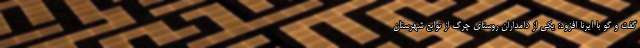
گفت‌ و گو با ایرنا افزود: یکی‌ از دامداران روستای چرگ از توابع شهرستان